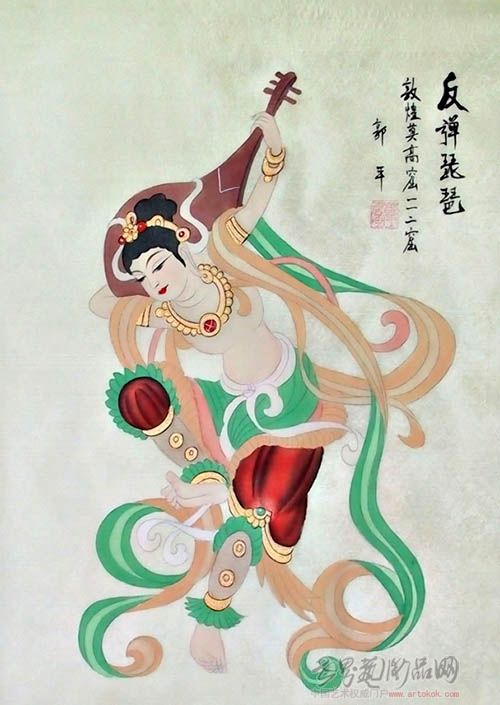
玉手佳人，笑把琵琶理。